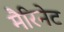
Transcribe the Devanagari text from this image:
मैरिनेट